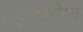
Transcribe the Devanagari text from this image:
पहुंचयोग्य